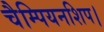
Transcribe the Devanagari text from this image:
चैम्पियनशिप।